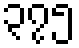
၃၇၅